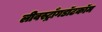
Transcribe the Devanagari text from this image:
लीवस्ट्राँगडॉटकॉम